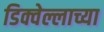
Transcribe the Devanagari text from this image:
डिक्वेल्लाच्या